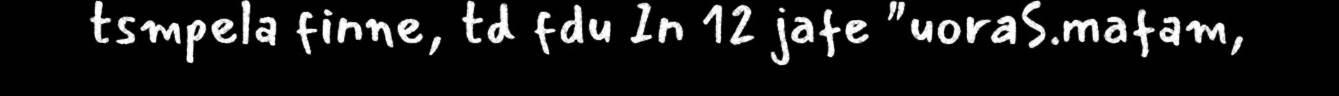
tsmpela finne, td fdu In 12 jafe "uoraS.mafam,